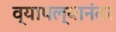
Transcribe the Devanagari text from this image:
व्यापल्यानंतर